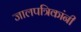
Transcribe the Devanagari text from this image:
जालपत्रिकांनी